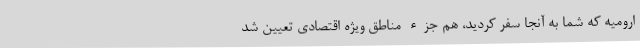
ارومیه که شما به آنجا سفر کردید، هم جزء مناطق ویژه اقتصادی تعیین شد